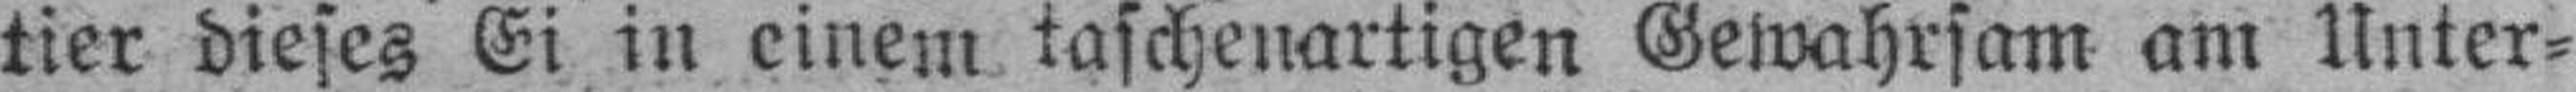
tier dieses Ei in einem taschenartigen Gewahrsam am Unter¬